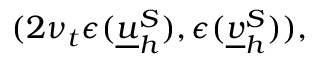
( 2 \nu _ { t } \epsilon ( \underline { { u } } _ { h } ^ { S } ) , \epsilon ( \underline { { v } } _ { h } ^ { S } ) ) ,